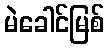
မဲခေါင်မြစ်